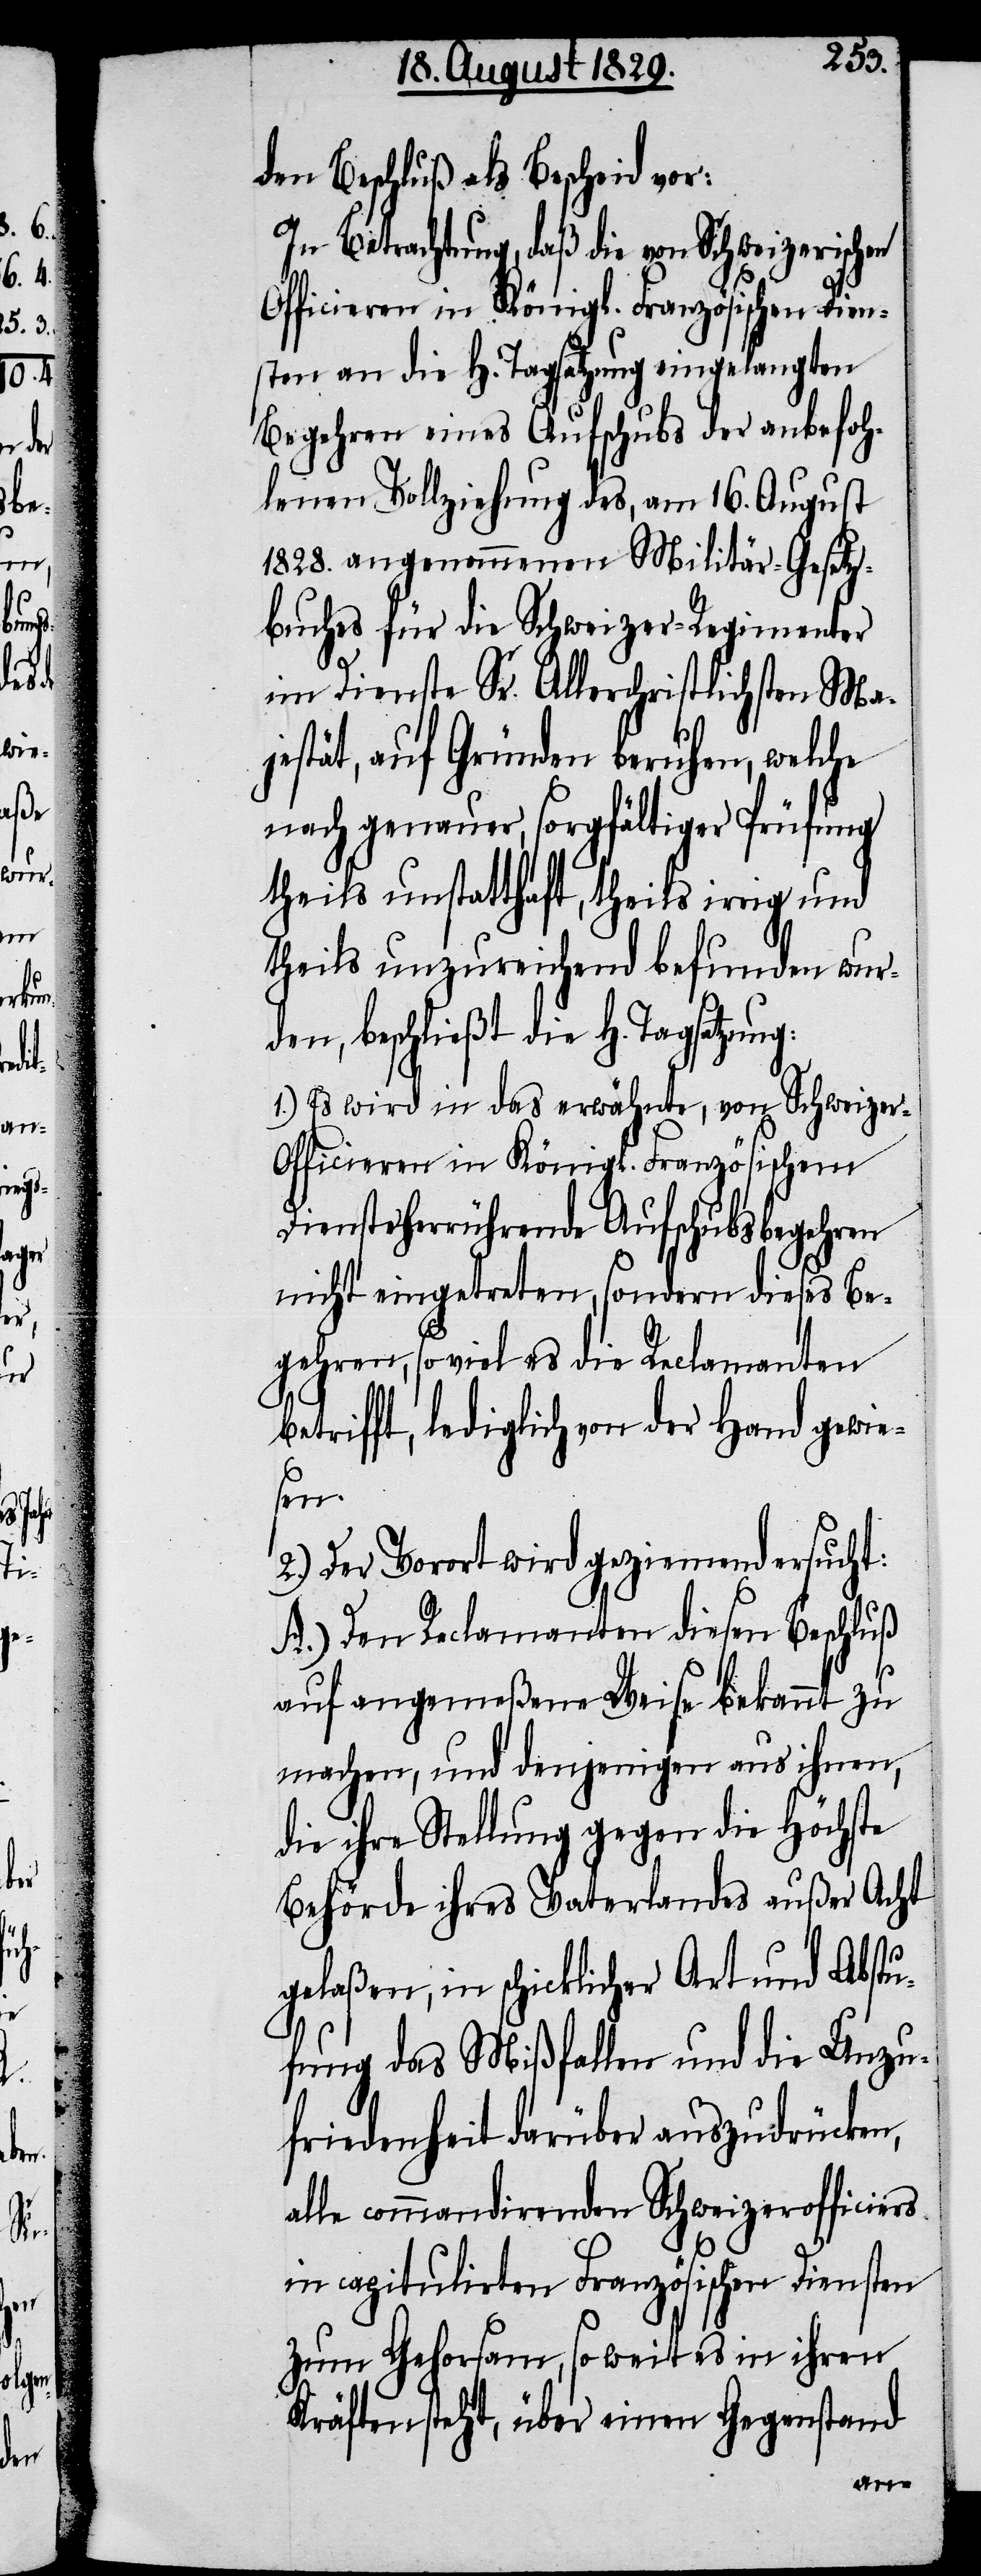
den Beschluß als Bescheid vor:
In Betrachtung, daß die von Schweizerischen
Officieren in Königl. Französischen Dien¬
sten an die H. Tagsatzung eingelangten
Begehren eines Aufschubs der anbefoh¬
lenen Vollziehung des, am 16. August
1828. angenommenen Militär-Gesetz¬
buches für die Schweizer-Regimenter
bet¬
im Dienste Sr. Allerchristlichsten Ma¬
jestät, auf Gründen beruhen, welche
nach genauer, sorgfältiger Prüfung
theils unstatthaft, theil irrig und
theils unzureichend befunden wur¬
den, beschließt die H. Tagsatzung:
1.) Es wird in das erwähnte, von Schweize¬
r-Officieren in Königl. Französischen
Diensten herrührende Aufschubsbegehren
nicht eingetreten, sondern dieses Be¬
gehren, so viel es die Reclamanten
rifft, lediglich von der Hand gewie¬
sen.
2.) Der Vorort wird geziemend ersucht:
A.) Den Reclamanten diesen Beschluß
auf angemeßene Weise bekannt zu
machen, und denjenigen aus ihnen,
die ihre Stellung gegen die Höchste
Behörde ihres Vaterlandes außer Acht
gelaßen, in schicklicher Art und Abstu¬
fung das Mißfallen und die Unzu¬
friedenheit darüber auszudrücken,
alle commandirenden Schweizerofficiers
in capitulirten Französischen Diensten
zum Gehorsam, so weit es in ihren
Kräften steht, über einen Gegenstand